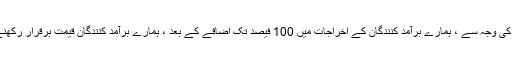
گرانٹ کی ضرورت کی وجہ سے ، ہمارے برآمد کنندگان کے اخراجات میں 100 فیصد تک اضافے کے بعد ، ہمارے برآمد کنندگان قیمت برقرار رکھنے سے قاصر ہوگئے۔